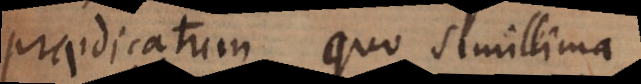
praedicatum quo simillima